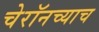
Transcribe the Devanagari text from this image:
चेरॉनच्याच